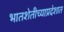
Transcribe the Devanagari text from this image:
भातशेतीच्याप्रदेशात